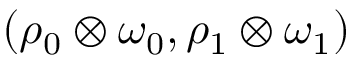
( \rho _ { 0 } \otimes \omega _ { 0 } , \rho _ { 1 } \otimes \omega _ { 1 } )